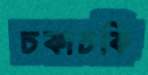
চকাচকি